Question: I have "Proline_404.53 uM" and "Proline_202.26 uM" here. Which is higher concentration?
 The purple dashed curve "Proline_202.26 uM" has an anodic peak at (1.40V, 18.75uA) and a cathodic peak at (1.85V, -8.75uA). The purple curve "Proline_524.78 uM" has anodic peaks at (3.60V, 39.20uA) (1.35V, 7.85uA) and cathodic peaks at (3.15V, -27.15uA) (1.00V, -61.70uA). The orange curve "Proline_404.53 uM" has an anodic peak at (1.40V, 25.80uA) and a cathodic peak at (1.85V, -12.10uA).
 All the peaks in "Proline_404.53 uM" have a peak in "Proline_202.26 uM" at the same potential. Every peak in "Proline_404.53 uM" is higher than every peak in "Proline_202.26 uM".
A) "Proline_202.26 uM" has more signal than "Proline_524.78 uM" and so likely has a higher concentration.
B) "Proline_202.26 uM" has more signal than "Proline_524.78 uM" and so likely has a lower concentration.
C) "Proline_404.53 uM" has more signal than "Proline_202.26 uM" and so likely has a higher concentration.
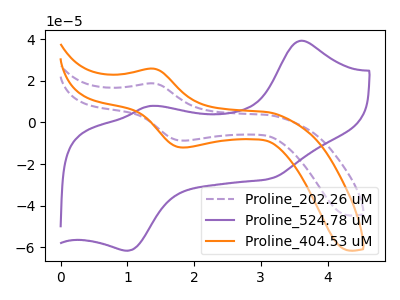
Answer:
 <answer>C) "Proline_404.53 uM" has more signal than "Proline_202.26 uM" and so likely has a higher concentration.</answer>
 <eval>C</eval>